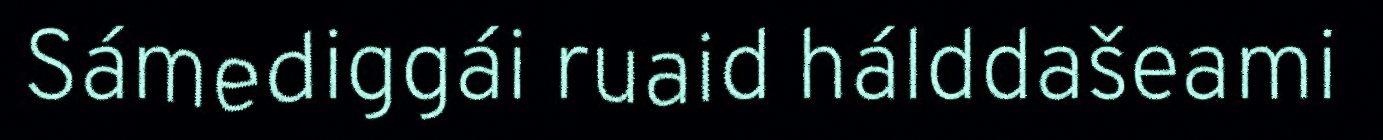
Sámediggái ruaid hálddašeami